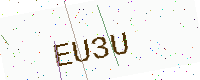
Text: EU3U